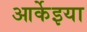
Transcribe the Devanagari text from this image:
आर्केइया